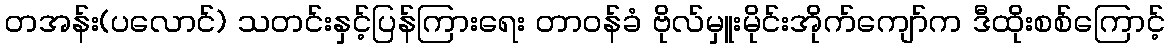
တအန်း(ပလောင်) သတင်းနှင့်ပြန်ကြားရေး တာဝန်ခံ ဗိုလ်မှူးမိုင်းအိုက်ကျော်က ဒီထိုးစစ်ကြောင့်